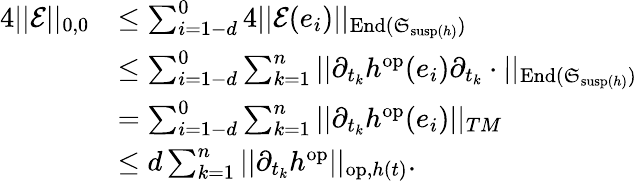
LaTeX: \begin{array}{rl}{4||\mathcal{E}||_{0,0}}&{\leq\sum_{i=1-d}^{0}4||\mathcal{E}(e_{i})||_{\mathrm{End}(\mathfrak{S}_{\mathrm{susp}(h)})}}\\ &{\leq\sum_{i=1-d}^{0}\sum_{k=1}^{n}||\partial_{t_{k}}h^{\mathrm{op}}(e_{i})\partial_{t_{k}}\cdot||_{\mathrm{End}(\mathfrak{S}_{\mathrm{susp}(h)})}}\\ &{=\sum_{i=1-d}^{0}\sum_{k=1}^{n}||\partial_{t_{k}}h^{\mathrm{op}}(e_{i})||_{TM}}\\ &{\leq d\sum_{k=1}^{n}||\partial_{t_{k}}h^{\mathrm{op}}||_{\mathrm{op},h(t)}.}\end{array}